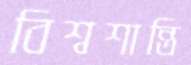
বিশ্বশান্তি